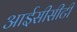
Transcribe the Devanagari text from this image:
आईसीसीटी